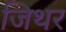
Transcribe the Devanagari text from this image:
जिथर